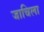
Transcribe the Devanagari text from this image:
जाचिला